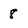
Character: 8